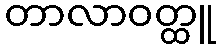
တာလာဝတ္ထူ